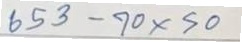
653 - 70 x 50